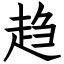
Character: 趋